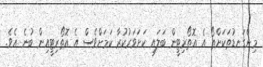
މިންގަނޑުތަކަށްތޯ އެ އޮތޯރިޓީން ބަލައި ކަށަވަރުކުރާ ކަމަށްވެސް އެ އޮތޯރިޓީއިން ބުނެ އެވެ.